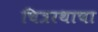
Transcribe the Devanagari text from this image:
चित्ररथाचा